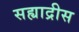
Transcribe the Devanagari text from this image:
सह्याद्रीस